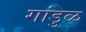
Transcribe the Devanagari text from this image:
गांडुळ